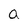
Character: a